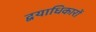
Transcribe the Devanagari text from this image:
द्वयाधिकारों